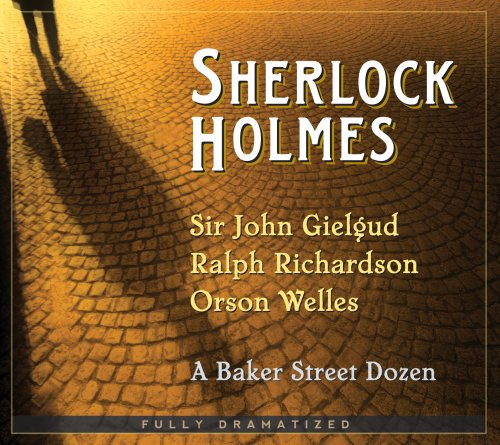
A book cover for Sherlock Holmes: A Baker Street Dozen; Arthur Conan Doyle; Mystery, Thriller & Suspense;